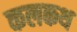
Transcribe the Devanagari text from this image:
कलकथ